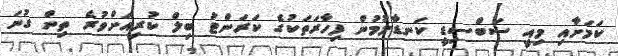
ކަމަށާއި މިއީ ސަބްސިޑީ ކަނޑާލުމުން ފިހާރަތަކުގެ ކަރަންޓު ބިލް ކުރިއަށްވުރެ ތިން ގުނަ